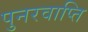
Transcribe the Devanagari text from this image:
पुनरवाप्ति